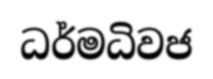
ධර්මධිවජ